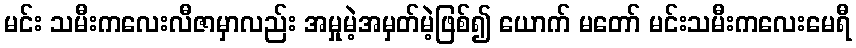
မင်း သမီးကလေးလီဇာမှာလည်း အမှုမဲ့အမှတ်မဲ့ဖြစ်၍ ယောက် မတော် မင်းသမီးကလေးမေရီ